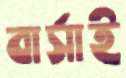
বার্সাই